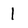
Character: 1